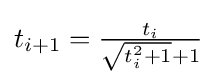
{\textstyle t_{i+1}={\frac {t_{i}}{{\sqrt {t_{i}^{2}+1}}+1}}}